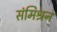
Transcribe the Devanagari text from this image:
संमिश्रन